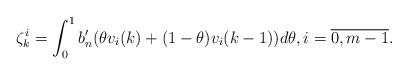
LaTeX: \begin{align*}\zeta^i_k=\int_0^1b_n'(\theta v_i(k)+(1-\theta)v_i(k-1))d\theta, i =\overline{0,m-1}.\end{align*}